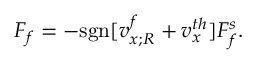
\begin{array} { r } { F _ { f } = - \mathrm { s g n } [ v _ { x ; R } ^ { f } + v _ { x } ^ { t h } ] F _ { f } ^ { s } . } \end{array}